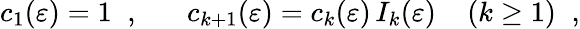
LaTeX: c_{1}(\varepsilon)=1\; \; ,\; \; \; \; \; \; c_{k+1}(\varepsilon)=c_{k}(\varepsilon)\, {{I}}_{k}(\varepsilon)\; \; \; \; (k\geq 1)\; \; ,